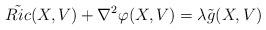
LaTeX: \begin{align*}\tilde{Ric}(X,V)+\nabla^2\varphi(X,V)=\lambda\tilde{g}(X,V)\end{align*}